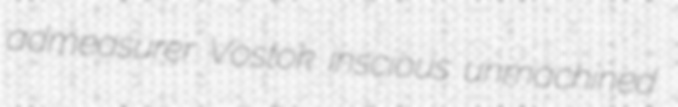
admeasurer Vostok inscious unmachined